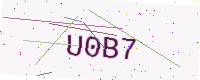
Text: U0B7